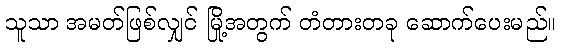
သူသာ အမတ်ဖြစ်လျှင် မြို့အတွက် တံတားတခု ဆောက်ပေးမည်။